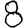
Digit: 8